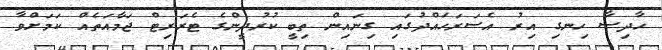
ހާދިސާ ހިނގި އިރު އެސަރަހައްދުގައި ގިނައިން ތިބީ ކުރުދީންގެ ޓެރަރިޓް ޖަމާއަތެއް ކަމަށްވާ